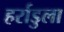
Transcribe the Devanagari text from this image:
हर्राडुला